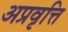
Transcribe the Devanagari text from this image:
अप्रवृत्ति